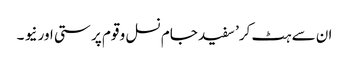
ان سے ہٹ کر’ سفید جام نسل و قوم پر ستی اور نیو ۔